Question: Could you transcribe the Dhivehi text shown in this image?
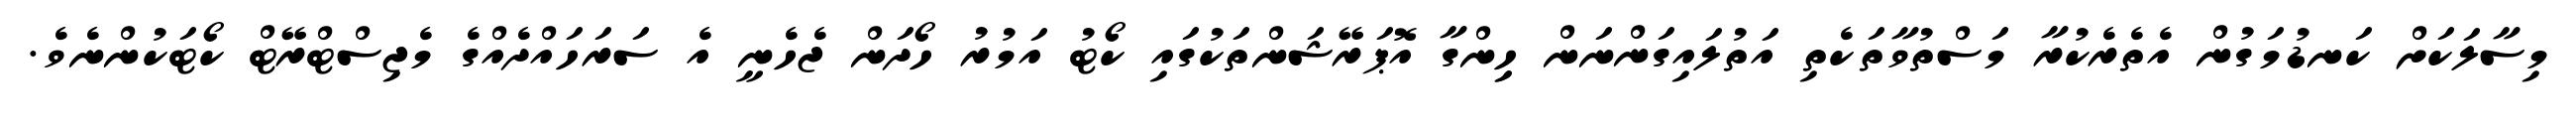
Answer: މިސާލަކަށް ކަނޑުމަގުން އެތެރެކުރާ މަސްތުވާތަކެތި އަތުލައިގަންނަން ހިިންގާ އޮޕަރޭޝަންތަކުގައި ކޯޓު އަމުރު ހޯދަން ޖެހެނީ އެ ސަރަހައްދެއްގެ މެޖިސްޓްރޭޓް ކޯޓަކުންނެވެ.